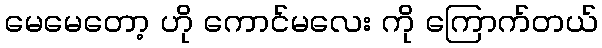
မေမေတော့ ဟို ကောင်မလေး ကို ကြောက်တယ်